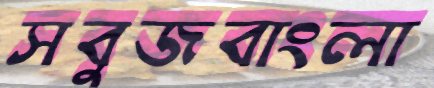
সবুজবাংলা